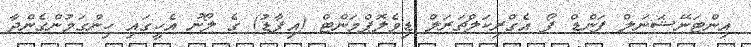
އިންޓަނޭޝަނަލް ފަންޑް ފޯ އެގްރިކަލްޗަރަލް ޑިވެލޮޕްމަންޓް (އިފާޑު) ގެ ލޯނު އެހީގައި ހިންގަމުންގެންދާ